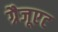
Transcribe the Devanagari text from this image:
ग्रैजूएट